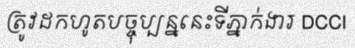
ត្រូវដកហូតបច្ចុប្បន្ននេះទីភ្នាក់ងារ DCCI